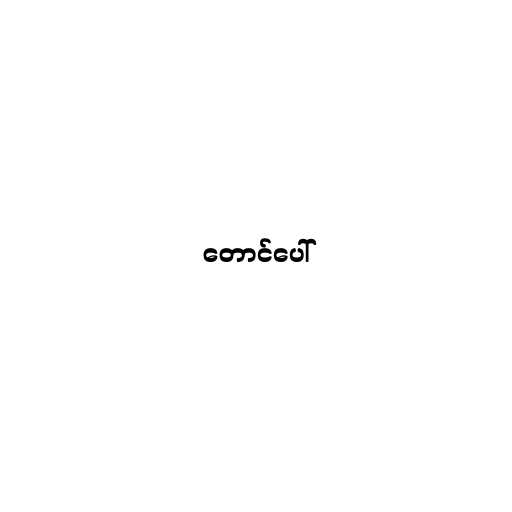
တောင်ပေါ်